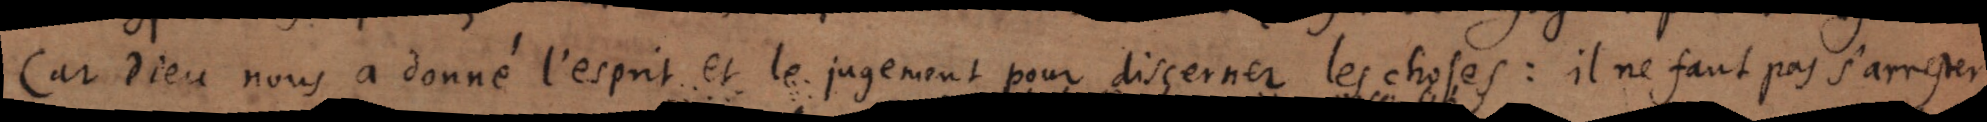
Car Dieu nous à donné l’esprit et le jugement pour discerner les choses: il ne faut pas s’arrester